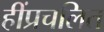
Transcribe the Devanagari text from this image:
हींप्रचलित